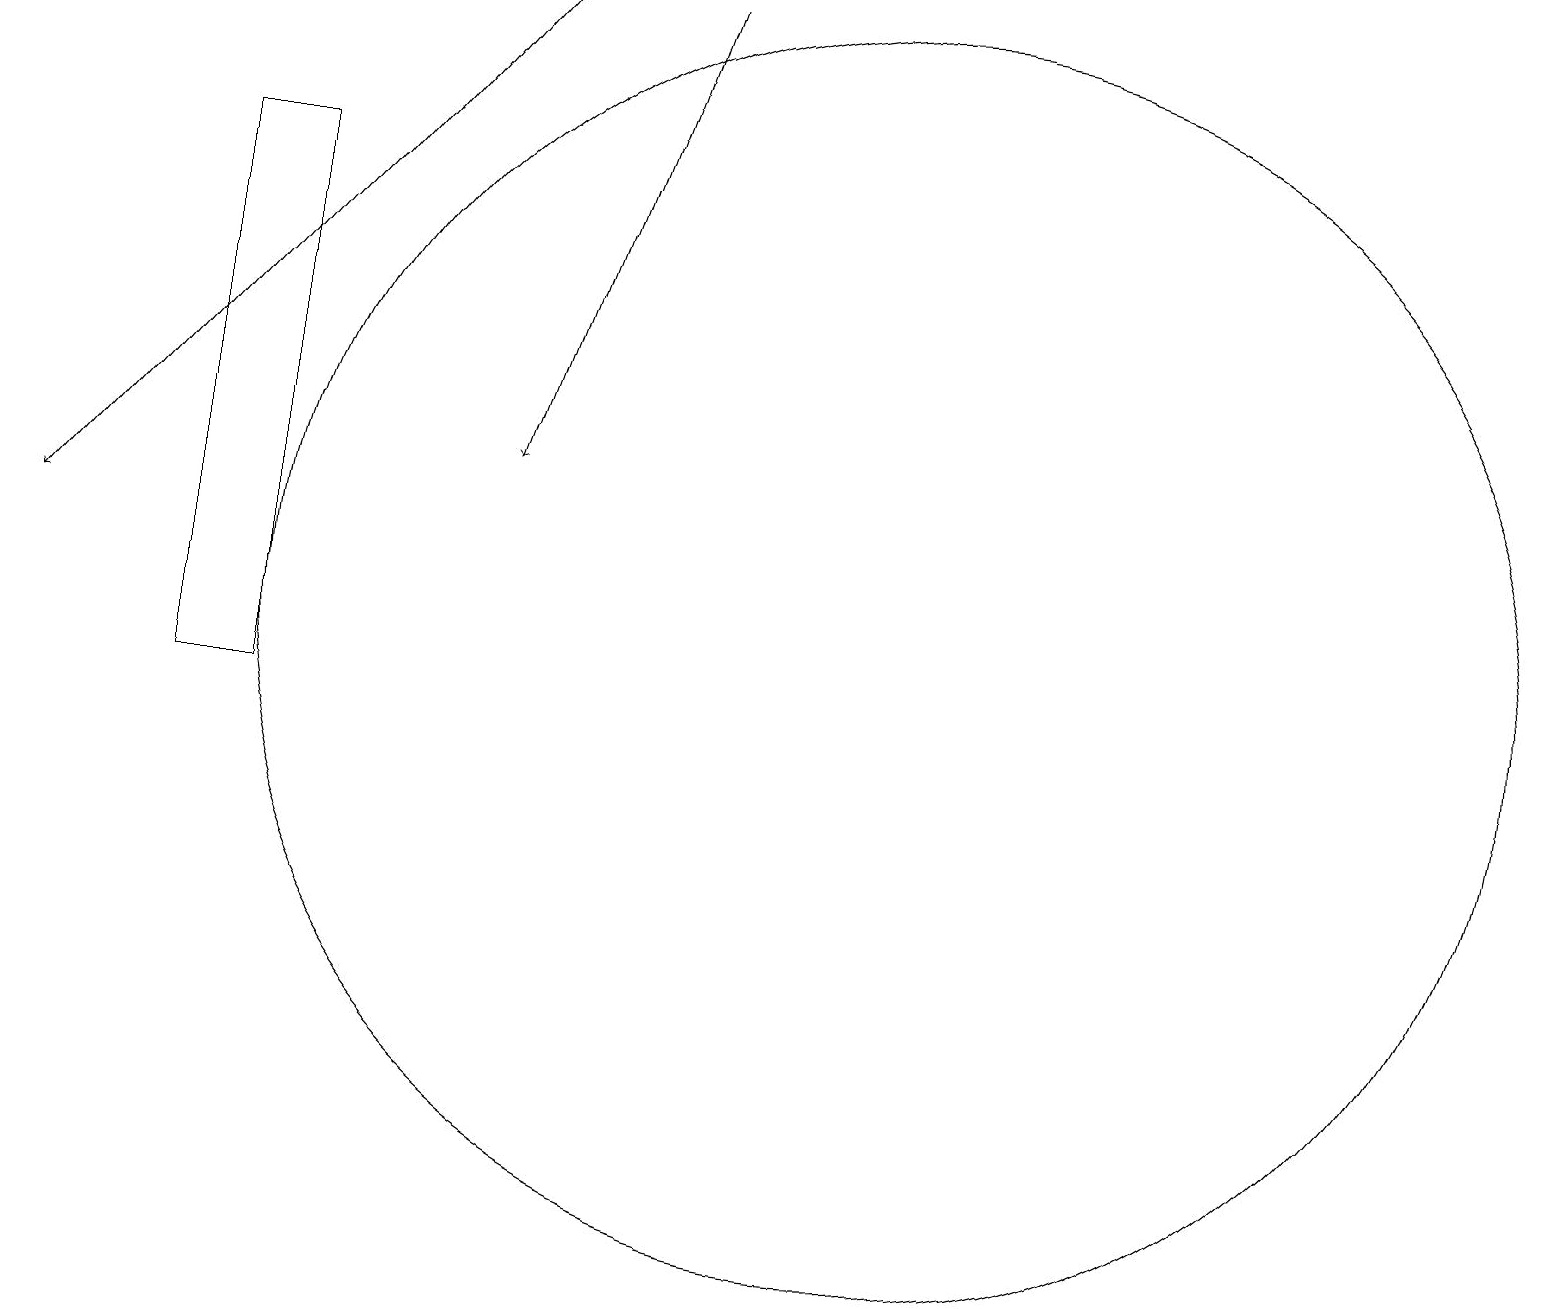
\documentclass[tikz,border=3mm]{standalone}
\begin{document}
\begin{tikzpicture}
\draw[->] (6,19) -- (0,12);
\draw (3,17) rectangle (2,10);
\draw[->] (8,19) -- (6,13);
\draw (11,11) circle (8);
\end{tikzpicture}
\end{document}